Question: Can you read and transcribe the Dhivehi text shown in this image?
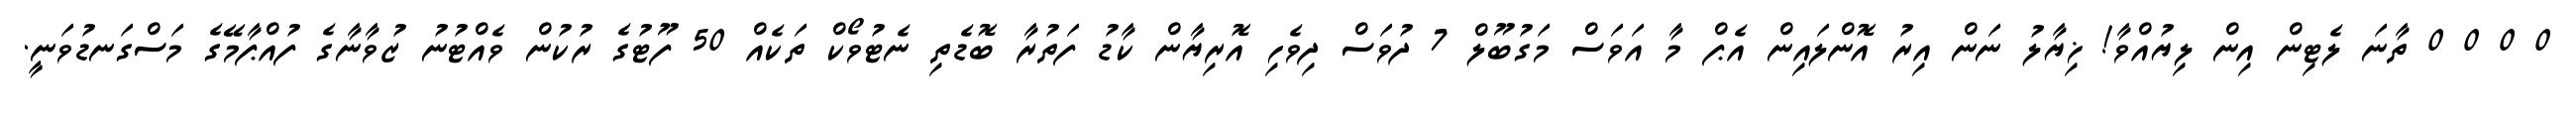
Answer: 0 0 0 0 ތާނަ ލެޓިން އިން ލިޔުއްވާ! ޚިޔާލު ނަން އިރު އޮންލައިން އެޕް މާ އަވަސް މަގުބޫލް 7 ދުވަސް ދިވެހި އޮރިޔާން ކާޑު ފަތުރާ ބޮޑެތި ނެޓުވޯކް ތަކެއް 50 ފޫޓުގެ ރުކުން ވެއްޓުނު ޒުވާނާގެ ފުއްޕާމޭގެ މަސްގަނޑުވަނީ.